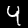
Label: 4